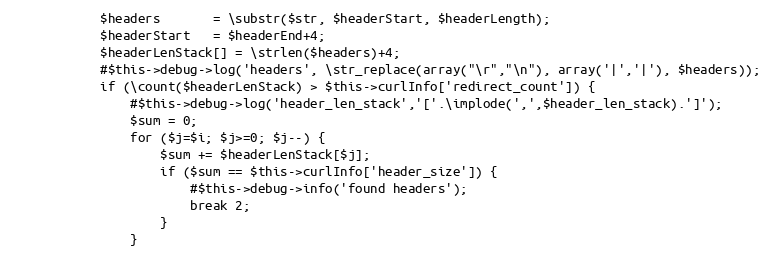
Language: PHP
            $headers       = \substr($str, $headerStart, $headerLength);
            $headerStart   = $headerEnd+4;
            $headerLenStack[] = \strlen($headers)+4;
            #$this->debug->log('headers', \str_replace(array("\r","\n"), array('|','|'), $headers));
            if (\count($headerLenStack) > $this->curlInfo['redirect_count']) {
                #$this->debug->log('header_len_stack','['.\implode(',',$header_len_stack).']');
                $sum = 0;
                for ($j=$i; $j>=0; $j--) {
                    $sum += $headerLenStack[$j];
                    if ($sum == $this->curlInfo['header_size']) {
                        #$this->debug->info('found headers');
                        break 2;
                    }
                }